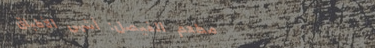
مطعم الفيصل: أشهى الأطباق